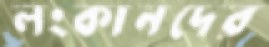
লংকানদের